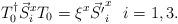
LaTeX: \begin{align*}T_0^{\dag} \vec{S}^x_i T_0 = \xi^x \vec{S' }^x_i\ \ i = 1,3. \end{align*}